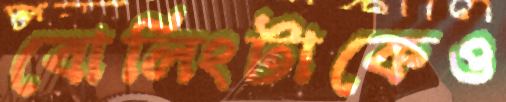
বোলিংটাকেও